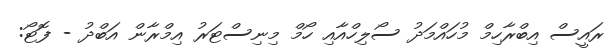
ރައީސް އިބްރާހިމް މުހައްމަދު ސޯލިހްއާއި ހޯމް މިނިސްޓަރު އިމްރާން އަބްދު - ފޮޓޯ: